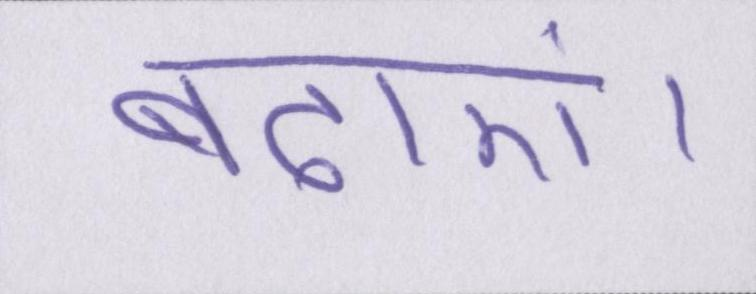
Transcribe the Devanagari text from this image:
बढ़ाएं।